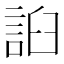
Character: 𧧖